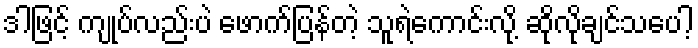
ဒါဖြင့် ကျုပ်လည်းပဲ ဖောက်ပြန်တဲ့ သူရဲကောင်းလို့ ဆိုလိုချင်သပေါ့